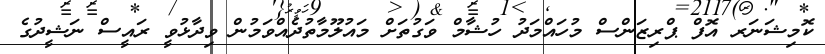
ކޮމިޝަނަރ އޮފް ޕްރިޒަންސް މުހައްމަދު ހުޝާމް ވަގުތަށް މައުލޫމާތުދެއްވަމުން ވިދާޅުވީ ރައީސް ނަޝީދުގެ